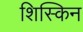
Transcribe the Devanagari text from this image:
शिस्किन